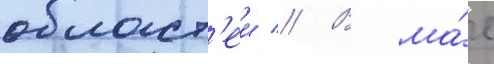
област'еи // В ма́е